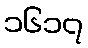
၁၆၁၇